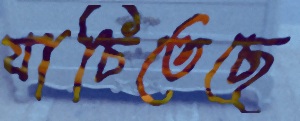
যাচিতেছে